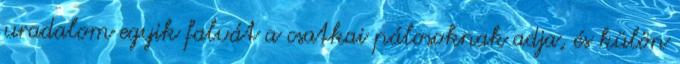
uradalom egyik falvát a csatkai pálosoknak adja, és külön